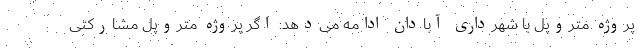
پروژه متروپل با شهرداری آبادان ادامه می‌دهد: اگر پروژه متروپل مشارکتی